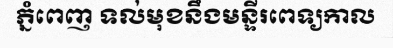
ភ្នំពេញ ទល់មុខនឹងមន្ទីរពេទ្យកាល